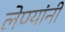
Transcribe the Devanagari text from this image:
लेण्यांनी